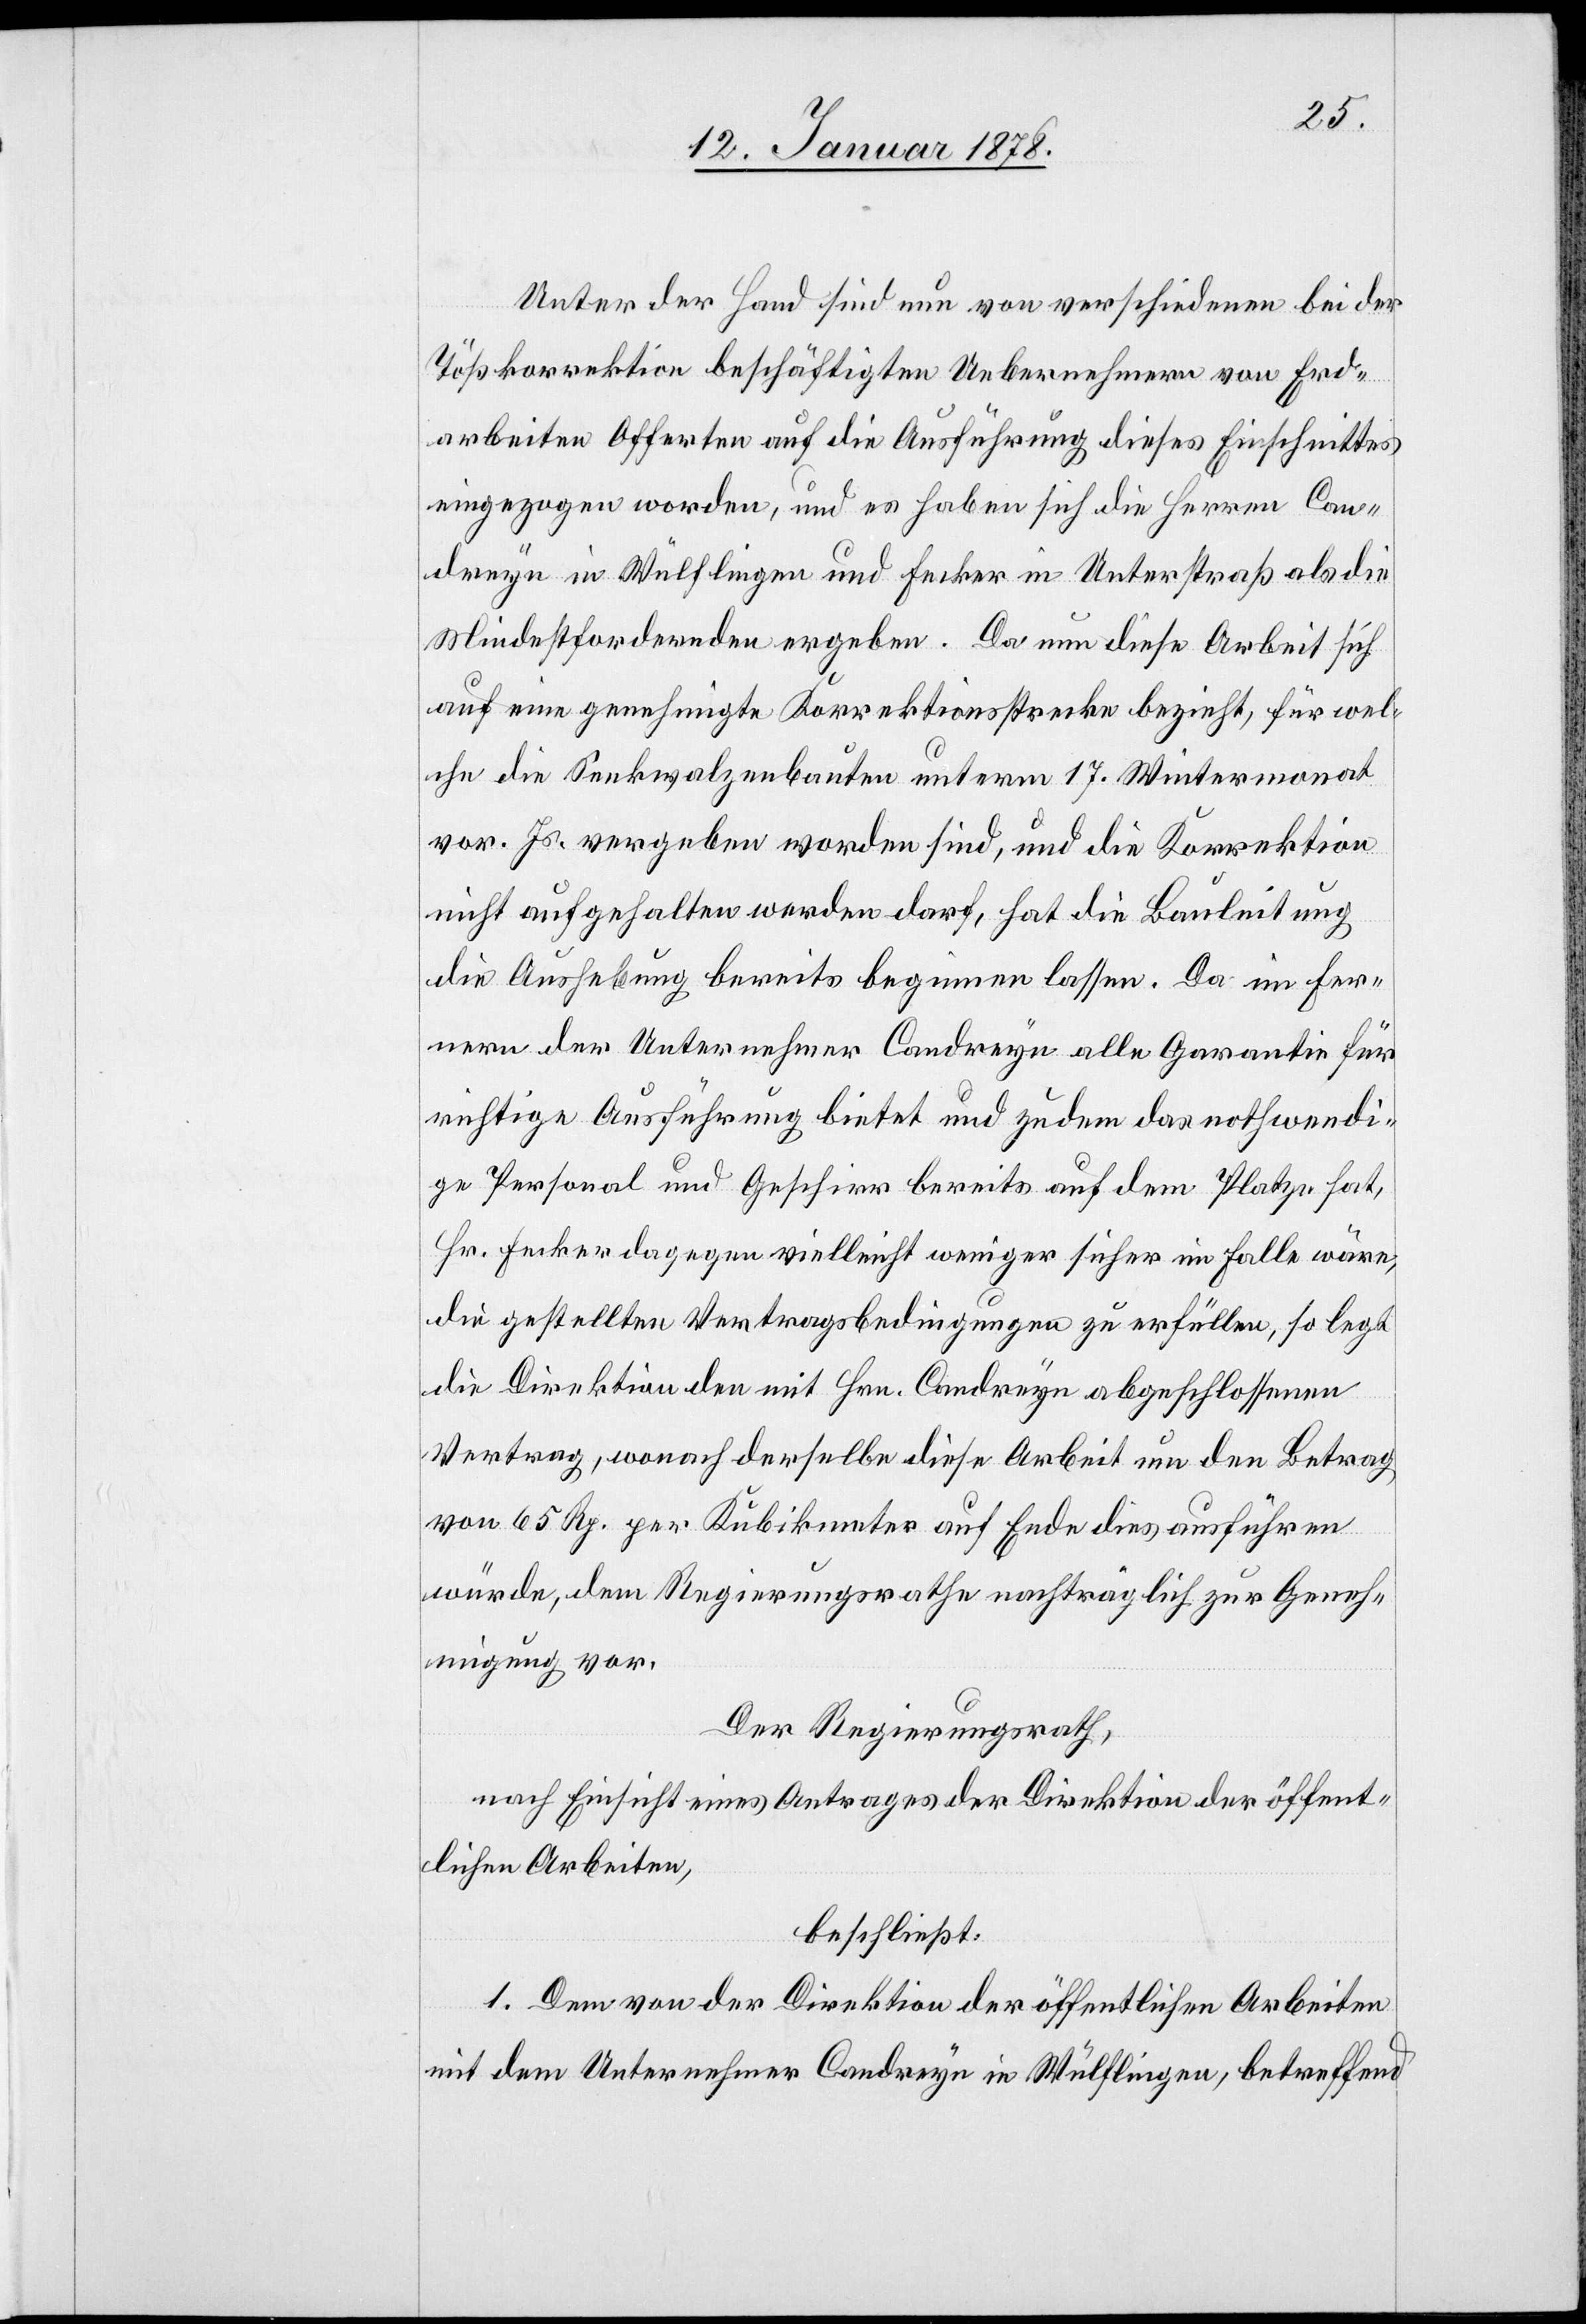
Unter der Hand sind nun von verschiedenen bei der
Tößkorrektion beschäftigten Unternehmen von Erd¬
arbeiten Offerten auf die Ausführung dieses Einschnittes
eingezogen worden, und es haben sich die Herrn Con¬
dreyn in Wülflingen und Fecker in Unterstraß als die
Mindestfordernden ergeben. Da nun diese Arbeit sich
auf eine genehmigte Korrektionsstrecke bezieht, für wel¬
che die Senkwalzenbauten unterm 17. Wintermonat
vor. Js. vergeben worden sind, und die Korrektion
nicht aufgehalten werden darf, hat die Bauleitung
die Aushebung bereits beginnen lassen. Da im Fer¬
nern der Unternehmer Condreyn alle Garantie für
richtige Ausführung bietet und zudem das nothwendi¬
ge Personal und Geschirr bereits auf dem Platze hat,
Hr. Fecker dagegen vielleicht weniger sicher im Falle wäre,
die gestellten Vertragsbedingungen zu erfüllen, so legt
die Direktion den mit Hrn. Condreyn abgeschlossenen
Vertrag, wonach derselbe diese Arbeit um den Betrag
von 65 Rp. per Kubikmeter auf Erde dies ausführen
würde, dem Regierungsrathe nachträglich zur Geneh¬
migung vor.
Der Regierungsrath,
nach Einsicht eines Antrages der Direktion der öffent¬
lichen Arbeiten,
beschließt:
1. Dem von der Direktion der öffentlichen Arbeiten
mit dem Unternehmer Condreyn in Wülflingen, betreffend